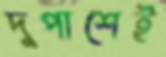
দুপাশেই